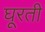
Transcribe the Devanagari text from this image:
घूरती